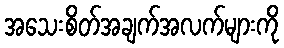
အသေးစိတ်အချက်အလက်များကို